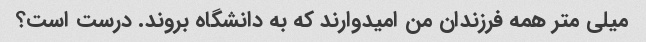
میلی متر همه فرزندان من امیدوارند که به دانشگاه بروند. درست است؟